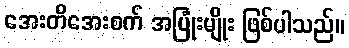
အေးတိအေးစက် အပြုံးမျိုး ဖြစ်ပါသည်။